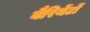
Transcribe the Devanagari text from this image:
वैरियेंटों